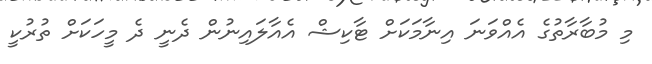
މި މުބާރާތުގެ އެއްވަނަ އިނާމަކަށް ޓާކިޝް އެއާލައިނުން ދެނީ ދެ މީހަކަށް ތުރުކީ